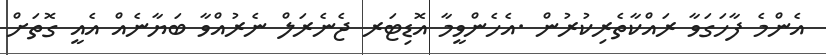
އެންމެ ފާހަގަވާ ރައްކާތެރިކުރުން .އެހެންވީމާ އޮޑިޓަރ ޖެނެރަލް ނެރުއްވާ ބަޔާނެއް އެއީ ގޮތަށް